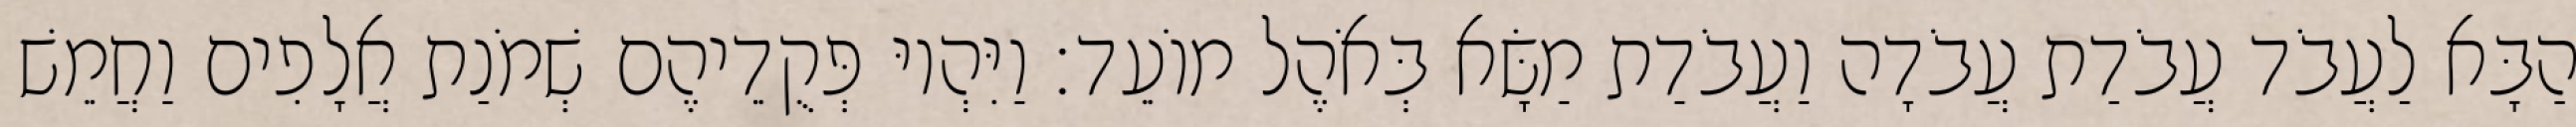
הַבָּא לַעֲבֹד עֲבֹדַת עֲבֹדָה וַעֲבֹדַת מַשָּׂא בְּאֹהֶל מוֹעֵד׃ וַיִּהְיוּ פְּקֻדֵיהֶם שְׁמֹנַת אֲלָפִים וַחֲמֵשׁ